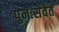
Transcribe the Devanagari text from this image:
पुनःसेवेत